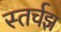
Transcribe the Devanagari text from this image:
स्तर्चझ